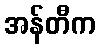
အန်တီက